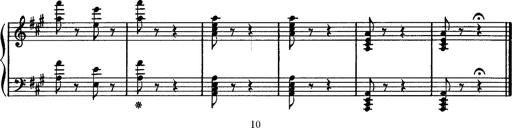
Title: Hungarian Rhapsody No.16
Composer: Franz Liszt
Key: A minor